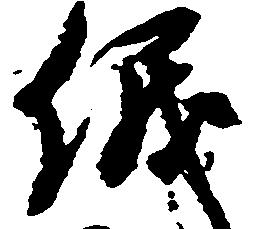
儀